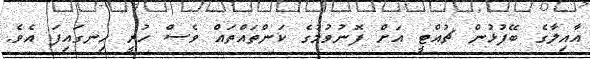
އާއިލާގެ ބޭފުޅުން ޗުއްޓީ އަށް ފޮނުވުމުގެ ކަންތައްތައް ވެސް ހުރީ ހިނގައިފަ އެވެ.